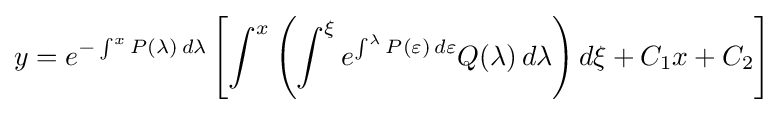
y=e^{-\int ^{x}P(\lambda )\,d\lambda }\left[\int ^{x}\left(\int ^{\xi }e^{\int ^{\lambda }P(\varepsilon )\,d\varepsilon }Q(\lambda )\,d\lambda \right)d\xi +C_{1}x+C_{2}\right]